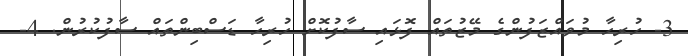
3- ހުރިހާ މުވައްޒަފުންގެ މޭޒުތައް ފޮޅައި ސާފުކޮށް ހުރިހާ ޑަސްބިންތައް ސާފުކުރުން. 4-